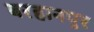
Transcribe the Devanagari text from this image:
बरहानपुर